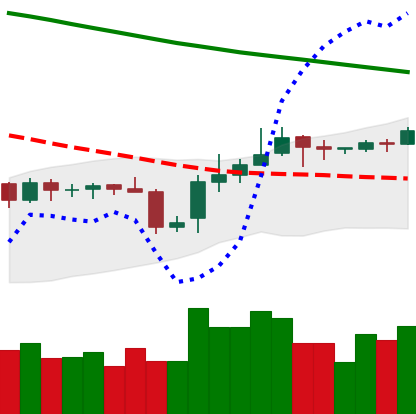
Ticker: BNB-USD
Chart end date: 2019-11-04
Forward return: -4.834%
Label: down_3_5